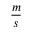
\frac { m } { s }